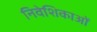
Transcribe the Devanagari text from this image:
निवेशिकाओं